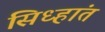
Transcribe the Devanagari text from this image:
सिध्हांत